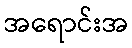
အရောင်းအ